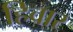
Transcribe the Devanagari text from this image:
हिवार